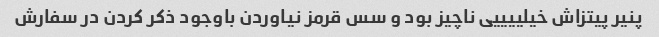
پنیر پیتزاش خیلییییی ناچیز بود و سس قرمز نیاوردن باوجود ذکر کردن در سفارش